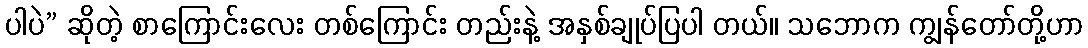
ပါပဲ” ဆိုတဲ့ စာကြောင်းလေး တစ်ကြောင်း တည်းနဲ့ အနှစ်ချုပ်ပြပါ တယ်။ သဘောက ကျွန်တော်တို့ဟာ